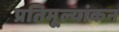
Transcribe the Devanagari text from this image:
प्रतिमूल्यांकन